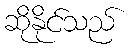
ဆိုနိုင်သည်